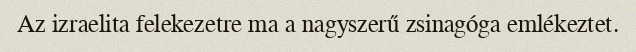
Az izraelita felekezetre ma a nagyszerű zsinagóga emlékeztet.